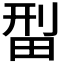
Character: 𬏄